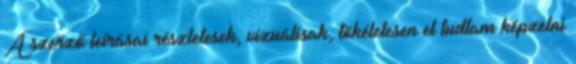
A szerző leírásai részletesek, vizuálisak, tökéletesen el tudtam képzelni